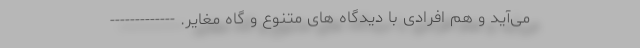
می‌آید و هم افرادی با دیدگاه های متنوع و گاه مغایر. -------------